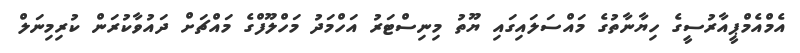
އެމްއެމްޕީއާރުސީގެ ހިޔާނާތުގެ މައްސަލައިގައި ޔޫތު މިނިސްޓަރު އަހްމަދު މަހްލޫފްގެ މައްޗަށް ދައުވާކުރަން ކުރިމިނަލް